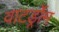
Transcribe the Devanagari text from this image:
वाटर्ड्रोम